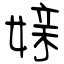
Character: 媇